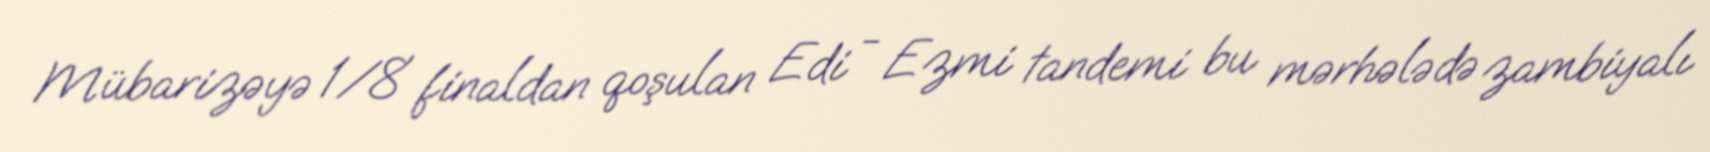
Mübarizəyə 1/8 finaldan qoşulan Edi - Ezmi tandemi bu mərhələdə zambiyalı